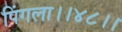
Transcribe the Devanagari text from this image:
पिंगला।।४८।।